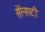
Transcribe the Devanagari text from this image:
सेरेनगटी